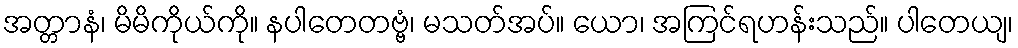
အတ္တာနံ၊ မိမိကိုယ်ကို။ နပါတေတဗ္ဗံ၊ မသတ်အပ်။ ယော၊ အကြင်ရဟန်းသည်။ ပါတေယျ၊